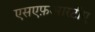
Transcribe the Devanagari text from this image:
एसएफ़आरटीए